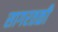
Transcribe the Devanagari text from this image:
सागरतळी